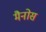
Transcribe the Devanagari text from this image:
मैनोस